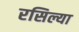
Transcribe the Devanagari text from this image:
रसिल्या